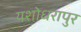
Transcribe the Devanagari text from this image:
यशोधरापुर